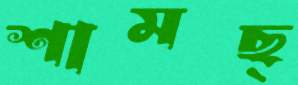
শামছ্